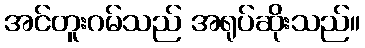
အင်တူးဂမ်သည် အရုပ်ဆိုးသည်။